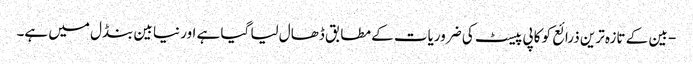
- بین کے تازہ ترین ذرائع کو کاپی پیسٹ کی ضروریات کے مطابق ڈھال لیا گیا ہے اور نیا بین بنڈل میں ہے۔